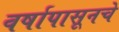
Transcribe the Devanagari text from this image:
वर्षापासूनचे